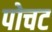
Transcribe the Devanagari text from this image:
पोचट